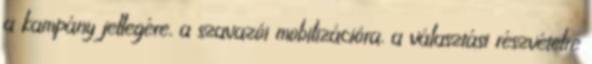
a kampány jellegére, a szavazói mobilizációra, a választási részvételre